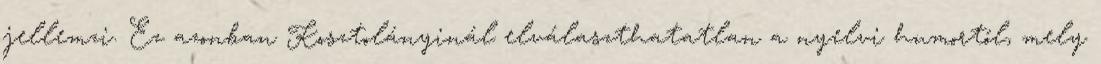
jellemzi. Ez azonban Kosztolányinál elválaszthatatlan a nyelvi humortól, mely